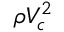
\rho V _ { c } ^ { 2 }